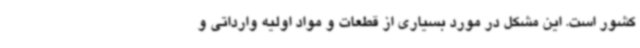
کشور است. این مشکل در مورد بسیاری از قطعات و مواد اولیه وارداتی و